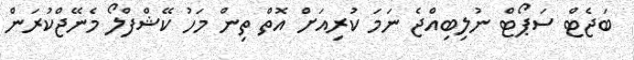
ބަޖެޓް ސަޕޯޓް ނުލިބިއްޖެ ނަމަ ކުރިއަށް އޮތް ތިން މަހު ކޭޝްފްލޯ މެނޭޖްކުރަން